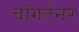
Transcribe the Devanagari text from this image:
बॉगर्टनर